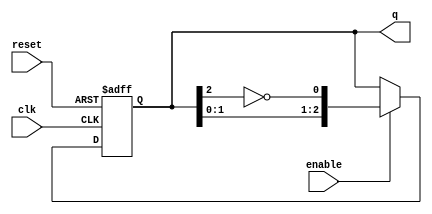
module johnson_counter (
    input wire clk,        // Clock signal
    input wire enable,     // Enable signal
    input wire reset,      // Asynchronous reset signal
    output reg [n-1:0] q   // Current state of the counter
);
    parameter n = 3; // Number of bits for the Johnson counter

    always @(posedge clk or posedge reset) begin
        if (reset) begin
            q <= 0; // Initialize counter to 0 on reset
        end else if (enable) begin
            // Johnson counter logic
            q <= {q[n-2:0], ~q[n-1]}; // Shift left and feed back inverted last bit
        end
        // If enable is low, retain current state (no action needed)
    end
endmodule